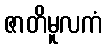
ဇာတိမူလကံ